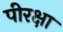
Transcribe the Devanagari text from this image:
पीरक्षा